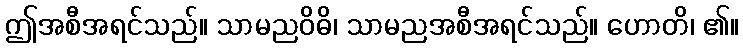
ဤအစီအရင်သည်။ သာမညဝိဓိ၊ သာမညအစီအရင်သည်။ ဟောတိ၊ ၏။